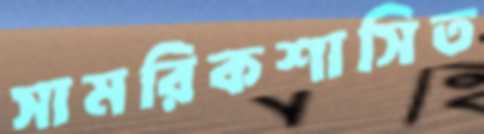
সামরিকশাসিত